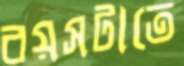
বয়সটাতে